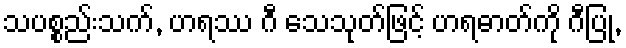
သပစ္စည်းသက်, ဟရဿ ဂီ သေသုတ်ဖြင့် ဟရဓာတ်ကို ဂီပြု,